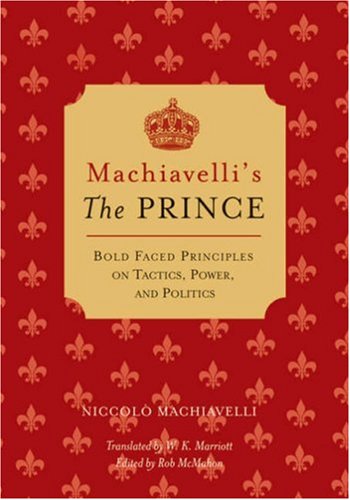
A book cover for Machiavelli's The Prince: Bold-faced Principles on Tactics, Power, and Politics (Bold-Faced Wisdom); Niccolo Machiavelli; Politics & Social Sciences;